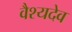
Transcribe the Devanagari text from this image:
वैश्यदेव